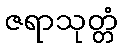
ဇရာသုတ္တံ